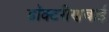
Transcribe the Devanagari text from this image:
डॉक्टरीणबाई